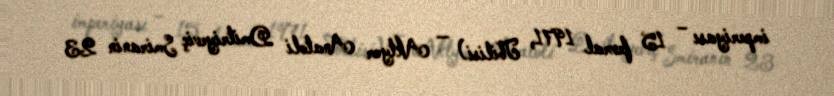
imperiyası – 15 fevral 1971, Tbilisi) — Aktyor Anatoli Dmitriyeviç Smiranin 23